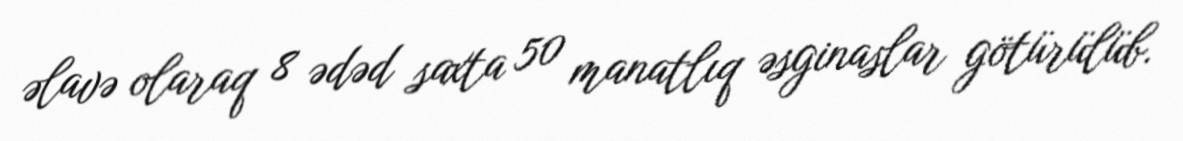
əlavə olaraq 8 ədəd saxta 50 manatlıq əsginaslar götürülüb.